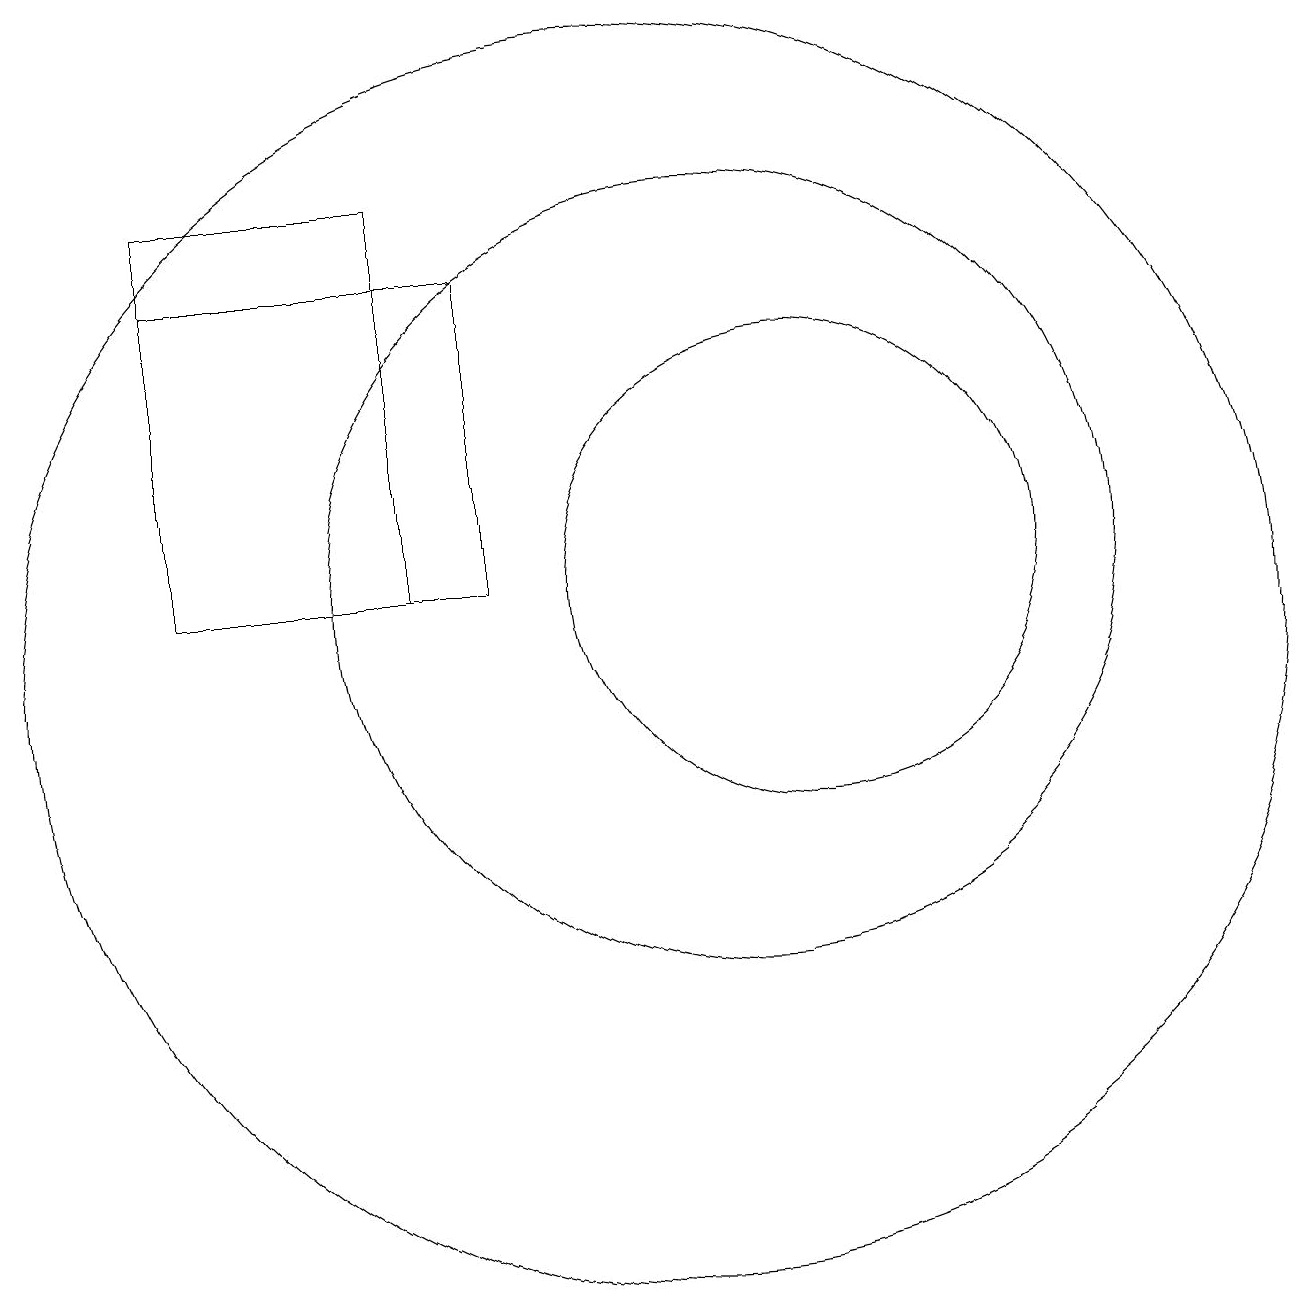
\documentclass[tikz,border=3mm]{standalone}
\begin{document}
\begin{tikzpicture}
\draw (11,11) circle (5);
\draw (10,10) circle (8);
\draw (7,16) rectangle (4,11);
\draw (4,15) rectangle (8,11);
\draw (12,11) circle (3);
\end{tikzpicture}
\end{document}